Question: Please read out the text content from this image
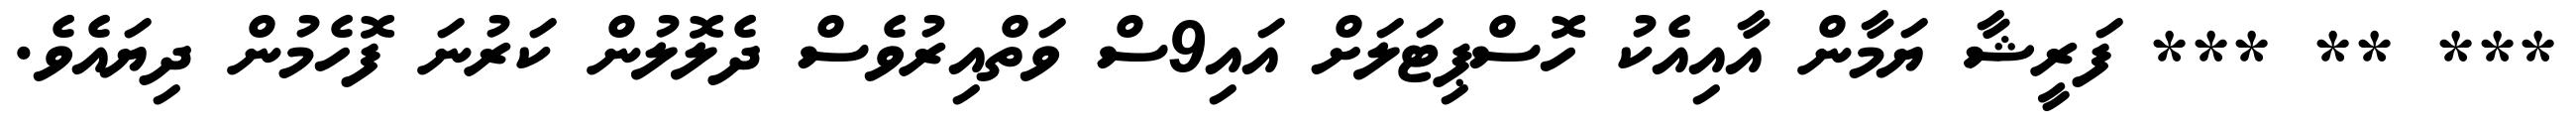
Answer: *** ** *** ފަރީޝާ ޔަމާން އާއިއެކު ހޮސްޕިޓަލަށް އައި9ސް ވަތްއިރުވެސް ދެލޮލުން ކަރުނަ ފޮހެމުން ދިޔައެވެ.